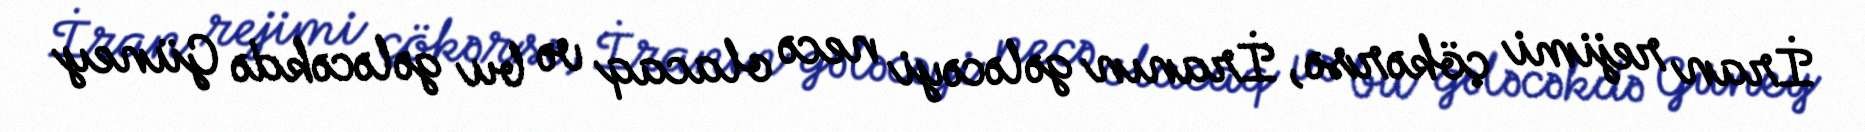
İran rejimi çökərsə, İranın gələcəyi necə olacaq və bu gələcəkdə Güney